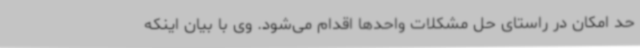
حد امکان در راستای حل مشکلات واحدها اقدام می‌شود. وی با بیان اینکه